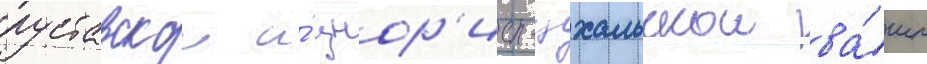
руставскои и́ цнор'ис-цхальскои ва́шп